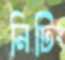
নিটিং